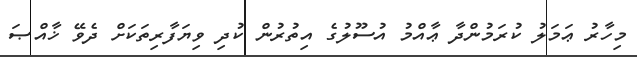
މިހާރު ޢަމަލު ކުރަމުންދާ ޢާއްމު އުސޫލުގެ އިތުރުން ކުދި ވިޔަފާރިތަކަށް ދެވޭ ޚާއްޞަ